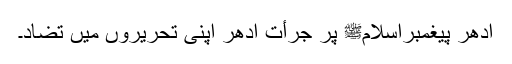
ادھر پیغمبرِاسلامﷺ پر جرأت ادھر اپنی تحریروں میں تضاد۔